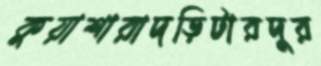
কুয়াশারাদড়িটারদুর